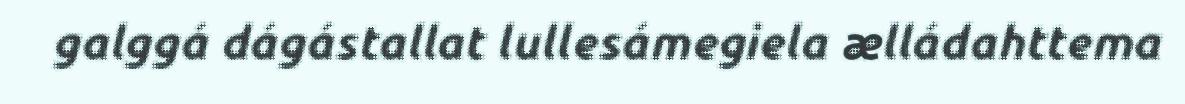
galggá dágástallat lullesámegiela ælládahttema